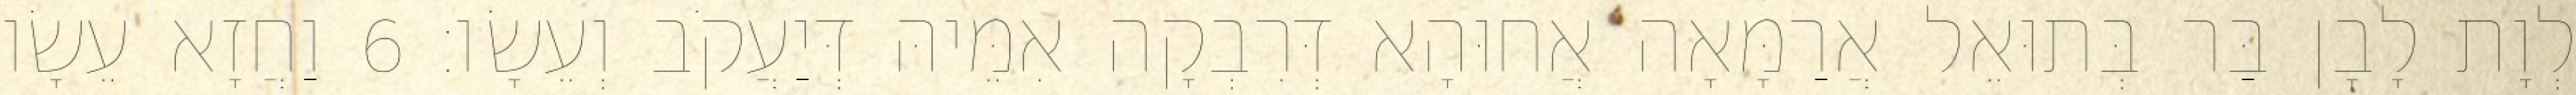
לְוָת לָבָן בַּר בְּתוּאֵל אֲרַמָּאָה אֲחוּהָא דְּרִבְקָה אִמֵּיהּ דְּיַעֲקֹב וְעֵשָׂו׃ 6 וַחֲזָא עֵשָׂו